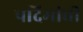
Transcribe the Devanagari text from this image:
पदिमांची